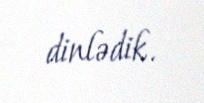
dinlədik.